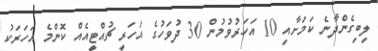
ލިބިގެންދާނެ ކަމަށާއި 10 އަހަރުވުމުން 30 ދުވަހުގެ އަހަރީ ޗުއްޓީއެއް ކޮންމެ އަހަރަކު